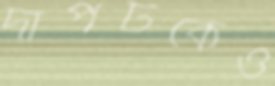
দাপটকেও